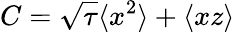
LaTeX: C=\sqrt{\tau}\langle x^{2}\rangle+\langle xz\rangle